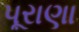
પૂરાણા